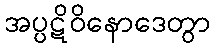
အပ္ပဋိဝိနောဒေတွာ